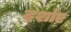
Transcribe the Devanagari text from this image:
दर्शांए